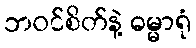
ဘဝင်စိတ်နဲ့ ဓမ္မာရုံ